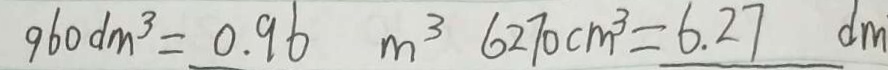
9 6 0 d m ^ { 3 } = 0 . 9 6 m ^ { 3 } 6 2 7 0 c m ^ { 3 } = 6 . 2 7 d m